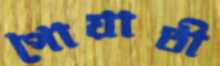
পোয়াতী